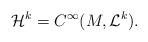
LaTeX: \begin{align*} \mathcal{H}^k = C^\infty(M, \mathcal{L}^k). \end{align*}